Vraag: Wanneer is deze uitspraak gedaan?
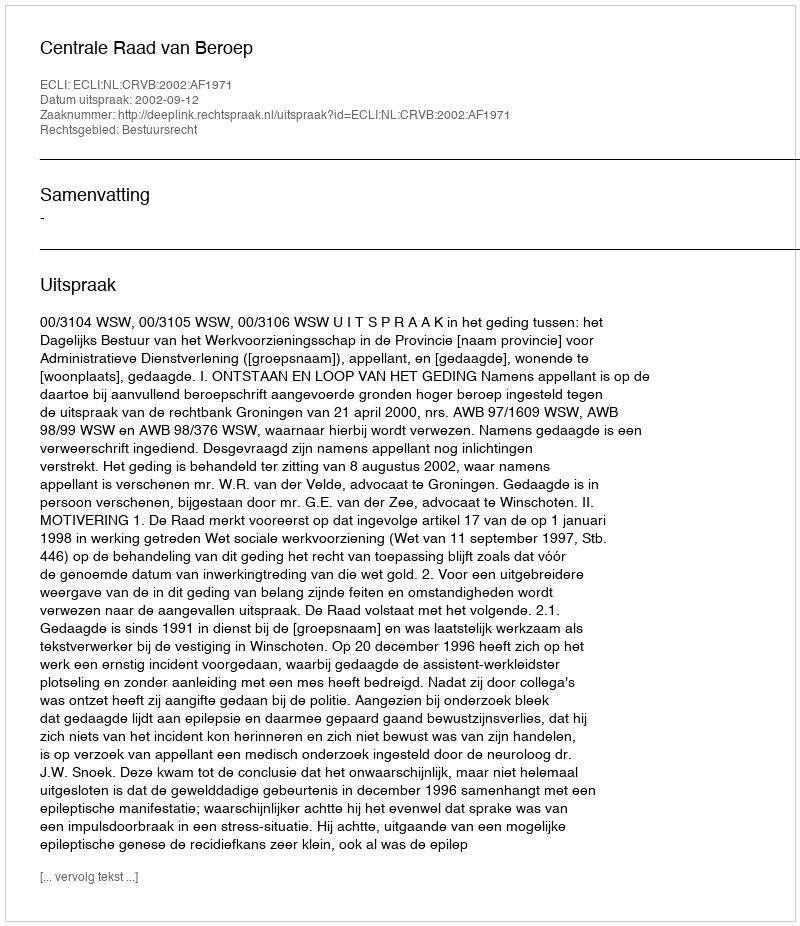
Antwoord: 2002-09-12